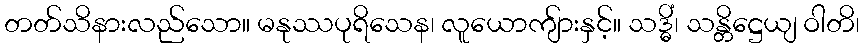
တတ်သိနားလည်သော။ မနုဿပုရိသေန၊ လူယောကျ်ားနှင့်။ သဒ္ဓိံ၊ သန္တိဋ္ဌေယျ ဝါတိ၊